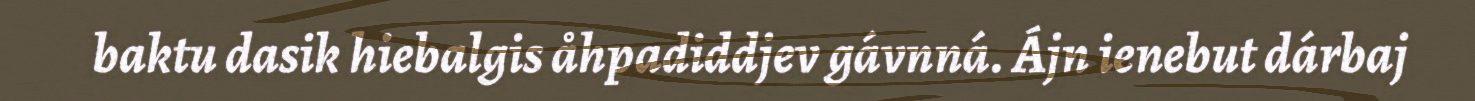
baktu dasik hiebalgis åhpadiddjev gávnná. Ájn ienebut dárbaj